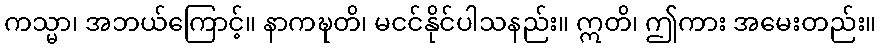
ကသ္မာ၊ အဘယ်ကြောင့်။ နာကဍ္ဎတိ၊ မငင်နိုင်ပါသနည်း။ ဣတိ၊ ဤကား အမေးတည်း။